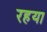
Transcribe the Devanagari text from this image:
रहया